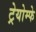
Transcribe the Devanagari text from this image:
ट्रेयोम्फे